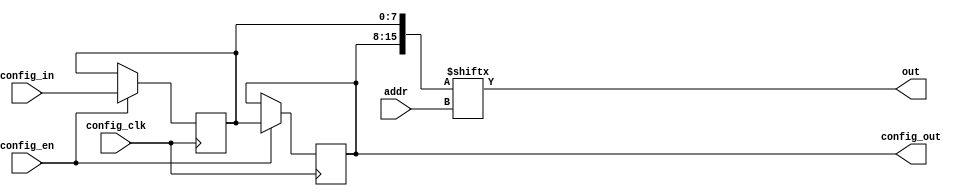
module lut #(
    parameter INPUTS=4, MEM_SIZE=1<<INPUTS, CONFIG_WIDTH=8
) (
    // IO
    input [INPUTS-1:0] addr, 
    output out,

    // Stream Style Configuration
    input config_clk,
    input config_en,
    input [CONFIG_WIDTH-1:0] config_in,
    output [CONFIG_WIDTH-1:0] config_out
);
reg [MEM_SIZE-1:0] mem = 0;
assign out = mem[addr];

// Stream Style Configuration Logic
generate 
    genvar i;
    for (i=1; i<(MEM_SIZE/CONFIG_WIDTH); i=i+1) begin
        always @(posedge config_clk) begin
            if (config_en)
                mem[(i+1)*CONFIG_WIDTH-1:i*CONFIG_WIDTH] <= mem[(i)*CONFIG_WIDTH-1:(i-1)*CONFIG_WIDTH];
        end
    end
    always @(posedge config_clk) begin
        if (config_en) begin
            mem[CONFIG_WIDTH-1:0] <= config_in;
        end
    end
    assign config_out = mem[MEM_SIZE-1:MEM_SIZE-CONFIG_WIDTH];
endgenerate
endmodule